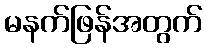
မနက်ဖြန်အတွက်